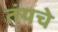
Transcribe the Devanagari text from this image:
तंयचे